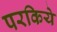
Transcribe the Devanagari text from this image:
परकिये